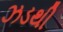
ઝડથી